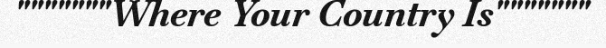
"""""""Where Your Country Is"""""""